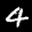
Label: 4